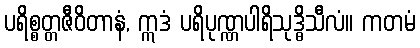
ပရိစ္စတ္တဇီဝိတာနံ, ဣဒံ ပရိပုဏ္ဏပါရိသုဒ္ဓိသီလံ။ ကတမံ